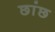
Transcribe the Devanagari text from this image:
छांछ